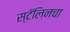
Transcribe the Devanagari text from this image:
स्टॅलिनचा